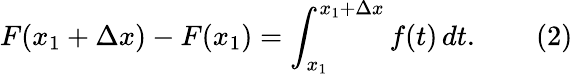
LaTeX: F(x_{1}+\Delta x)-F(x_{1})=\int_{x_{1}}^{x_{1}+\Delta x}f(t)\, dt.\qquad(2)